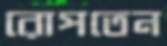
রোপতেন